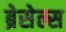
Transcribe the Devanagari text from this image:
ब्रेसेल्स